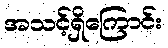
အသင့်ရှိကြောင်း